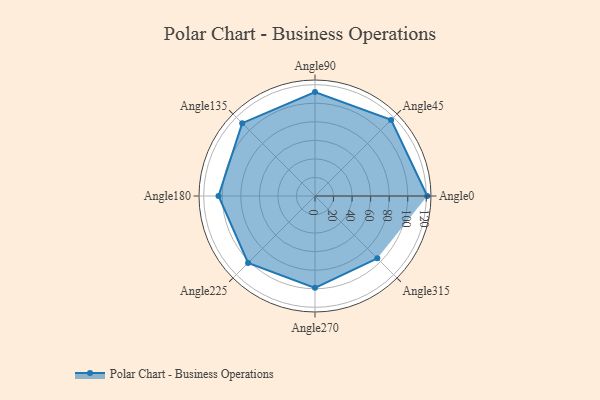
{"axis": {"x": "Angle", "y": "Radius"}, "legend": [""], "data": [{"x": "Angle0", "y": 121.0, "type": ""}, {"x": "Angle45", "y": 116.0, "type": ""}, {"x": "Angle90", "y": 112.0, "type": ""}, {"x": "Angle135", "y": 111.0, "type": ""}, {"x": "Angle180", "y": 104.0, "type": ""}, {"x": "Angle225", "y": 102.0, "type": ""}, {"x": "Angle270", "y": 99.0, "type": ""}, {"x": "Angle315", "y": 95.0, "type": ""}]}